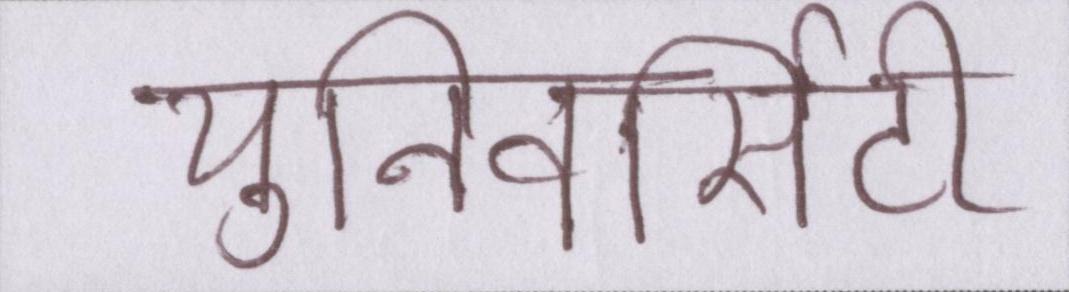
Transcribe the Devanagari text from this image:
युनिवर्सिटी